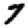
Digit: 7